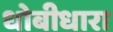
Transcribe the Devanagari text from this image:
धोबीधारा